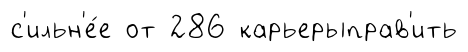
с'ильн'е́е от 286 карьерыправ'ить